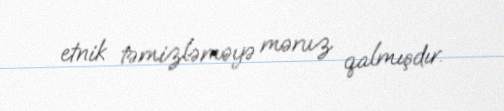
etnik təmizləməyə məruz qalmışdır.